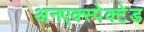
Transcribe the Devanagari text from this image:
अनएक्स्पेक्टेड